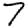
Digit: 7